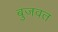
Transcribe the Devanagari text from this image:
बुजवत